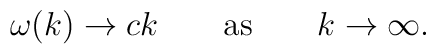
\omega(k) \to c k \qquad {\rm as} \qquad k \to \infty.